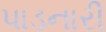
પાડનારી